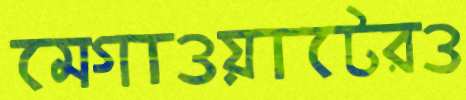
মেগাওয়াটেরও